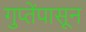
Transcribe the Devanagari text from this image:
गुप्तेंपासून